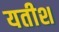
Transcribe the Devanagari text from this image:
यतीश